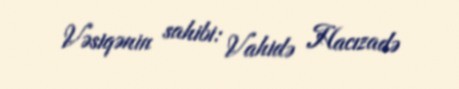
Vəsiqənin sahibi: Vahidə Hacızadə